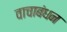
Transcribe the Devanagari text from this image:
वाचाबंधन